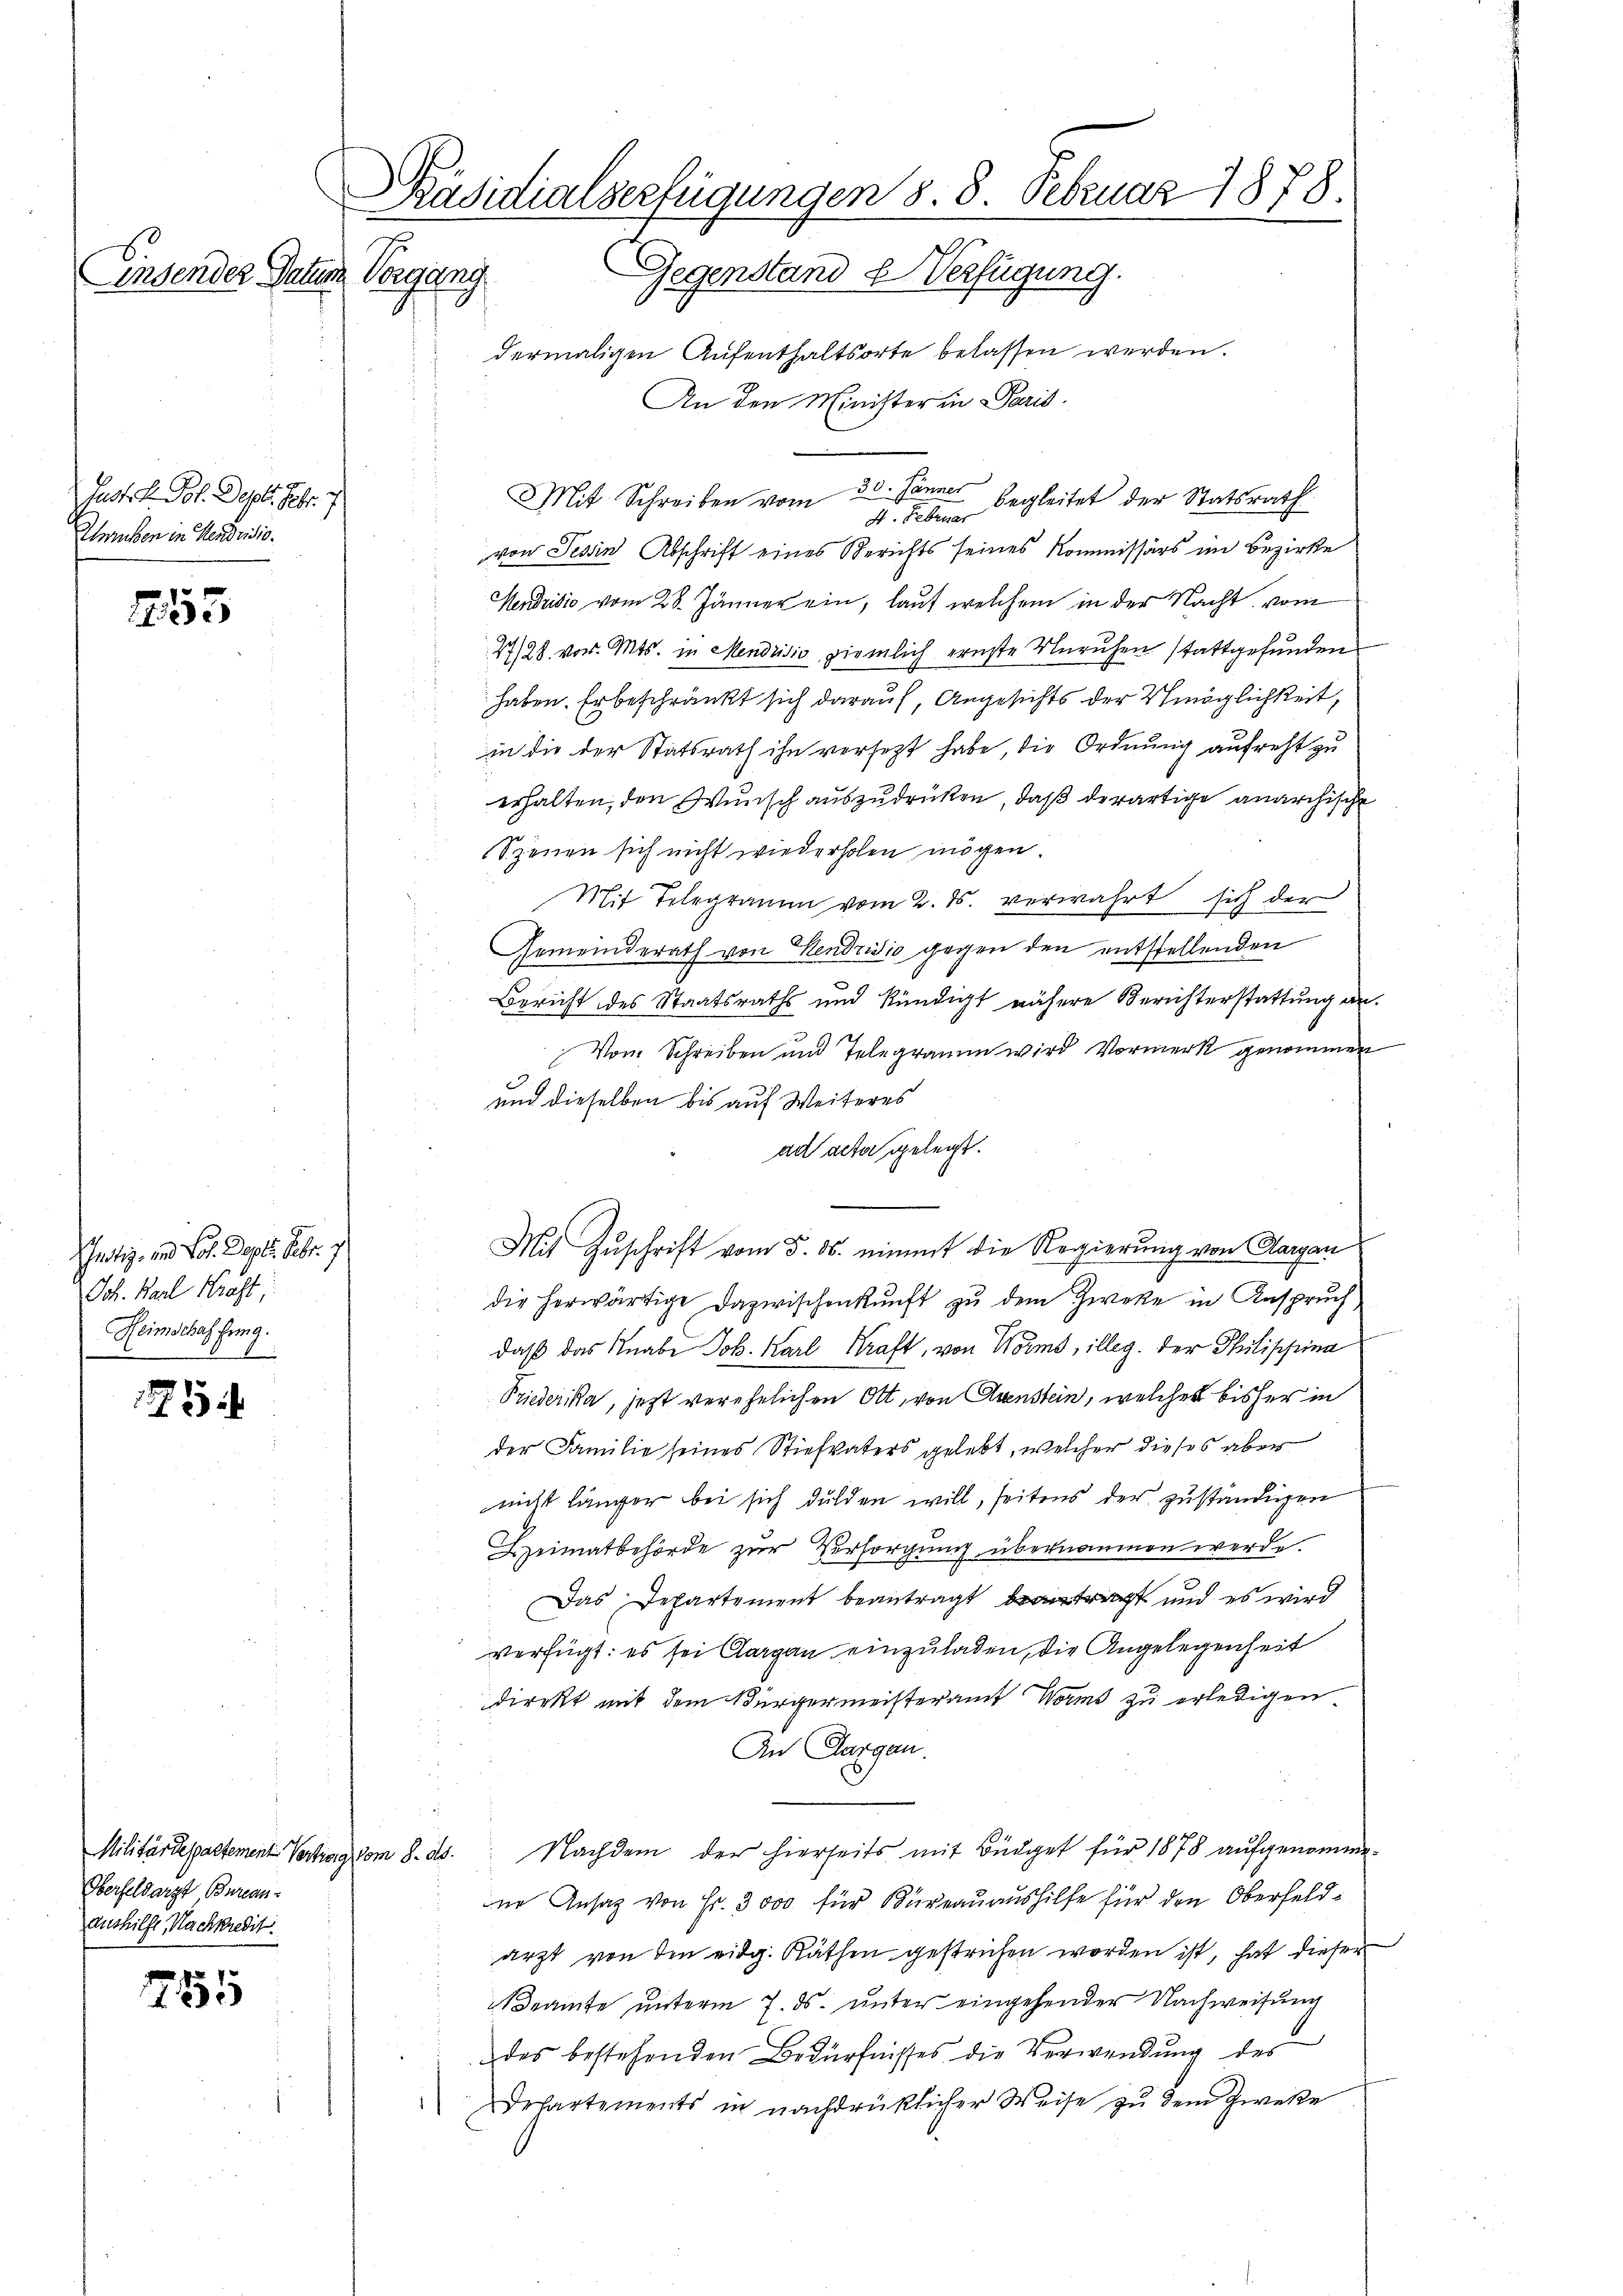
Einsender Datum

Justik. Joh. Depot. Febr. 1
Truben in Mendrisio

1255

Schnotiz- und Jos. Dipl. Febr. 1
Joh. Karl Kraft;
Heimschaffung.

5

Oberfeldarzt, Bureauaushilfe, Nachkredit.

7551

PPäsidialserfügungen 8. 8. Februar 1878.
Vorgang Gegenstand & Verfügung.

dermaligen Aufenthaltsorte belassen werden.
An den Minister in Paris
Mit Schreiben vom 30. Jänner
4. Leben begleitet der Statsrath
von Tessin Abschrift eines Berichts seines Kommissärs im Bezirke
Hendrisio vom 28. Jänner ein, laut welchem in der Nacht vom
27/28. vor. Mts. in Mendrisio, ziemlich ernste Unruhen stattgefunden
haben. Er beschränkt sich darauf, Angesichts der Schmöglichkeit,
in die der Statsrath ihn versetzt habe, die Ordnung aufrecht zu
erhalten, den Wunsch auszudrücken, daß derartige anarchische
Szenen sich nicht wiederhohen mögen.
Mit Telegramm vom 2. ds. verwahrt sich der
Gemeinderath von Hendrisio gegen den entstellenden
Bericht des Staatsraths und kündigt nähere Berichterstattung an.
Vom Schreiben und Telegramm wird Vormerk genommen
und dieselben bis auf Weiteres
ad acta gelegt.
Mit Zuschrift vom 5. ds. nimmt die Regierung von Aargau
die herwärtige Dazwischenkunft zu dem Zweke in Anspruch
daß das Knabe Joh. Karl Kraft, von Worms, illeg. Der Philischeina
Priederika, jetzt verehelichen Ott, von Avenstein, welches bisher in
der Familie seines Stiefvaters gelebt, welcher dieses aber
nicht länger bei sich dulden will, seitens der zuständigen
Heimatbehörde zur Versorgung übernommen werde.
Das Departement beantragt antragt und es wird
verfügt: es sei Aargau einzuladen, die Angelegenheit
direkt mit dem Bürgermeisteramt Worms zu erledigen.
An Aargau.
Militärdepartement Vertrag vom 8. ds. Nachdem der hierseits mit Büdget für 1878 aufgenommene Ansatz von Fr. 3000 für Bureauaushilfe für den Oberfeldarzt von den eidg. Räthen gestrichen worden ist, hat dieser
eamte unterm 7. ds. unter eingehender Nachweisung
des bestehenden Bedürfnisses die Verwendung des
Departements in nachdrüklicher Weise zŭ dem Zweke